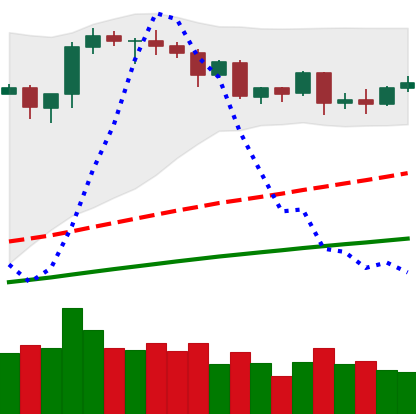
Ticker: ETH-USD
Chart end date: 2020-08-29
Forward return: -3.563%
Label: down_3_5